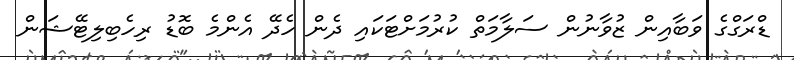
ޑްރަގްގެ ވަބާއިން ޒުވާނުން ސަލާމަތް ކުރުމަށްޓަކައި ދެން ހެދޭ އެންމެ ބޮޑު ރިހެބިލިޓޭޝަން